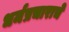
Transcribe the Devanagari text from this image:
धर्मप्रचाराचे